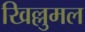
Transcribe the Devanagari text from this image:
खिल्लुमल